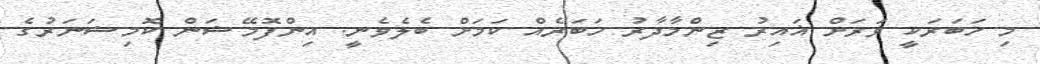
މި ޚަބަރަކީ ވަރަށް ޣައިރު ޒިންމާދާރު ޚަބަރެއް ކަމަށް ބެލެވެނީ. އިންފޮމޭޝަން ކޮމިޝަނަރުގެ